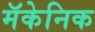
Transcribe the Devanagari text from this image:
मॅकेनिक